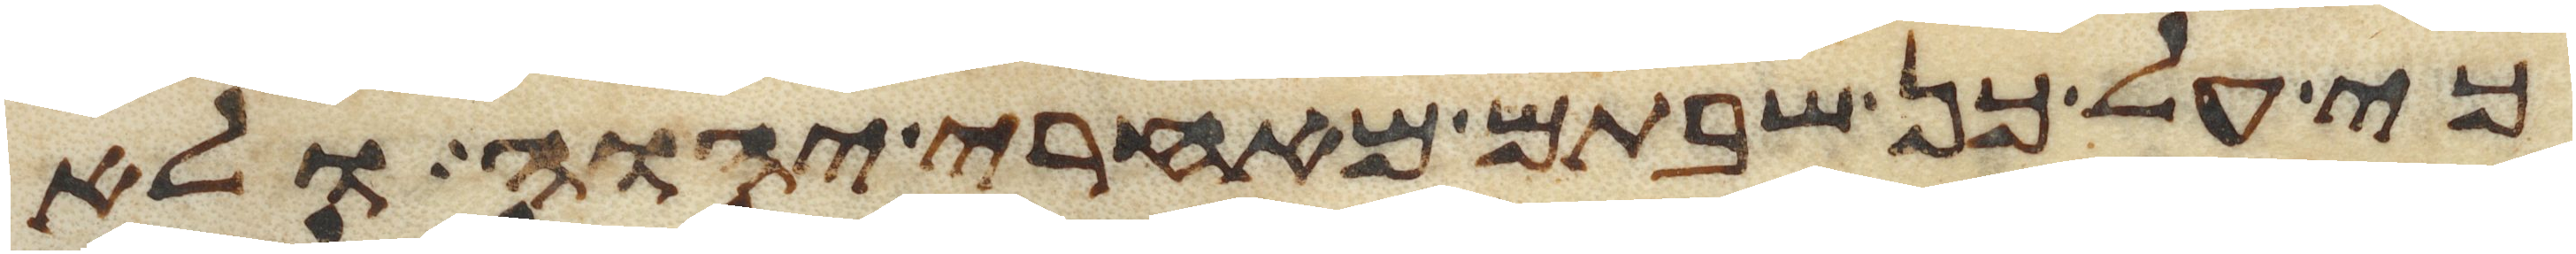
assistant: כי על כן שבתם מאחרי יהוה ולא